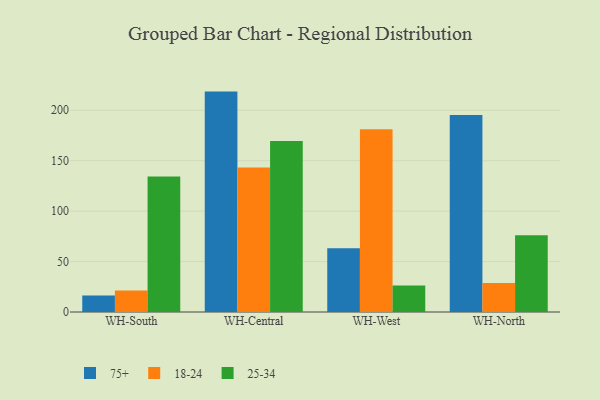
{"axis": {"x": "Warehouse", "y": "Budget (USD K)"}, "legend": ["18-24", "25-34", "75+"], "data": [{"x": "WH-South", "y": 16.4, "type": "75+"}, {"x": "WH-South", "y": 21.2, "type": "18-24"}, {"x": "WH-South", "y": 134.4, "type": "25-34"}, {"x": "WH-Central", "y": 218.5, "type": "75+"}, {"x": "WH-Central", "y": 143.2, "type": "18-24"}, {"x": "WH-Central", "y": 169.6, "type": "25-34"}, {"x": "WH-West", "y": 63.1, "type": "75+"}, {"x": "WH-West", "y": 181.1, "type": "18-24"}, {"x": "WH-West", "y": 26.2, "type": "25-34"}, {"x": "WH-North", "y": 195.4, "type": "75+"}, {"x": "WH-North", "y": 28.8, "type": "18-24"}, {"x": "WH-North", "y": 76.1, "type": "25-34"}]}